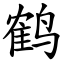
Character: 鹤